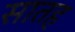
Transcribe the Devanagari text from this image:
सातह